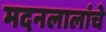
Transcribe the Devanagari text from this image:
मदनलालांचे